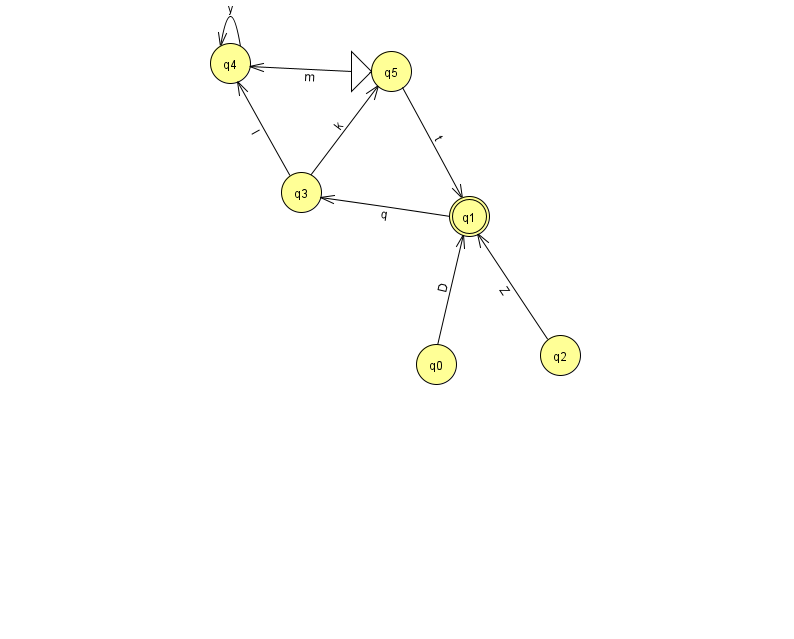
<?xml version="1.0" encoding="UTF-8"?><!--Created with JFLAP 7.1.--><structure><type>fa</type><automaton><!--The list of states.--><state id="0" name="q0"><x>436.0</x><y>351.0</y></state><state id="1" name="q1"><x>469.0</x><y>203.0</y><final/></state><state id="2" name="q2"><x>560.0</x><y>342.0</y></state><state id="3" name="q3"><x>301.0</x><y>179.0</y></state><state id="4" name="q4"><x>230.0</x><y>50.0</y></state><state id="5" name="q5"><x>391.0</x><y>58.0</y><initial/></state><!--The list of transitions.--><transition><from>5</from><to>1</to><read>t</read></transition><transition><from>0</from><to>1</to><read>D</read></transition><transition><from>1</from><to>3</to><read>q</read></transition><transition><from>3</from><to>4</to><read>l</read></transition><transition><from>5</from><to>4</to><read>m</read></transition><transition><from>4</from><to>4</to><read>y</read></transition><transition><from>2</from><to>1</to><read>Z</read></transition><transition><from>3</from><to>5</to><read>k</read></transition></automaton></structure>